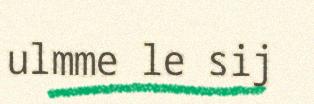
ulmme le sij